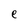
Character: e